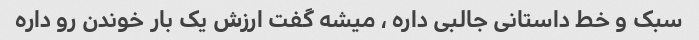
سبک و خط داستانی جالبی داره ، میشه گفت ارزش یک بار خوندن رو داره